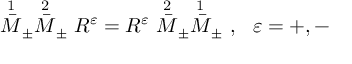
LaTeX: \stackrel { 1 } { \bar { M } } _ { \pm } \stackrel { 2 } { \bar { M } } _ { \pm } R ^ { \varepsilon } = R ^ { \varepsilon } \stackrel { 2 } { \bar { M } } _ { \pm } \stackrel { 1 } { \bar { M } } _ { \pm } \ , \ \ \varepsilon = + , - \,